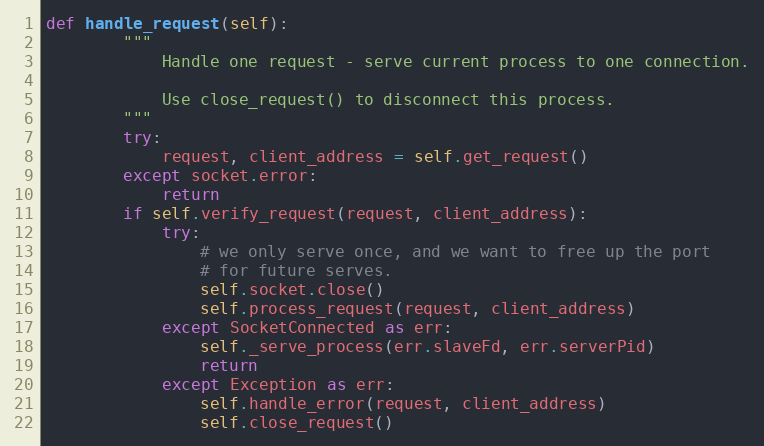
Language: Python
def handle_request(self):
        """
            Handle one request - serve current process to one connection.

            Use close_request() to disconnect this process.
        """
        try:
            request, client_address = self.get_request()
        except socket.error:
            return
        if self.verify_request(request, client_address):
            try:
                # we only serve once, and we want to free up the port
                # for future serves.
                self.socket.close()
                self.process_request(request, client_address)
            except SocketConnected as err:
                self._serve_process(err.slaveFd, err.serverPid)
                return
            except Exception as err:
                self.handle_error(request, client_address)
                self.close_request()